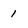
Character: 1